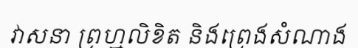
វាសនា ព្រហ្មលិខិត និងព្រេងសំណាង